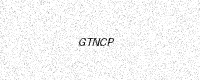
Text: GTNCP